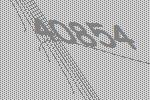
40854